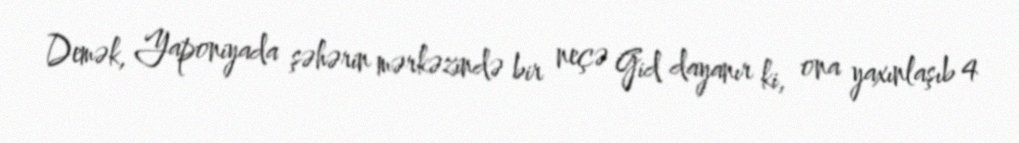
Demək, Yaponiyada şəhərin mərkəzində bir neçə Gid dayanır ki, ona yaxınlaşıb 4